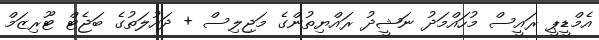
އެމްޑީޕީ ރައީސް މުހައްމަދު ނަޝީދު ރައްޔިތުންގެ މަޖިލިސް + ދައުލަތުގެ ބަޖެޓް ޓޫރިޒަމް